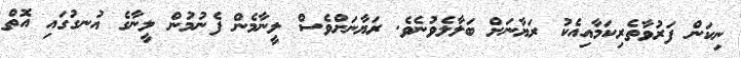
ނިކަން ފަރުވާތެރިކަމާއިއެކު ރަޔާނަށް ބަލާލެވުނެވެ. ރަޔާނަށްވެސް ލީނާމެން ފެނުމުން ލީނާގެ އުނގުގައި އޮތް